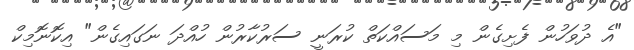
"އެ ދުވަހުން ފެށިގެން މި މަސައްކަތް ކުރަނީ ސަރުކާރުން ހުއްދަ ނަގައިގެން" އިކޮނޮމިކް